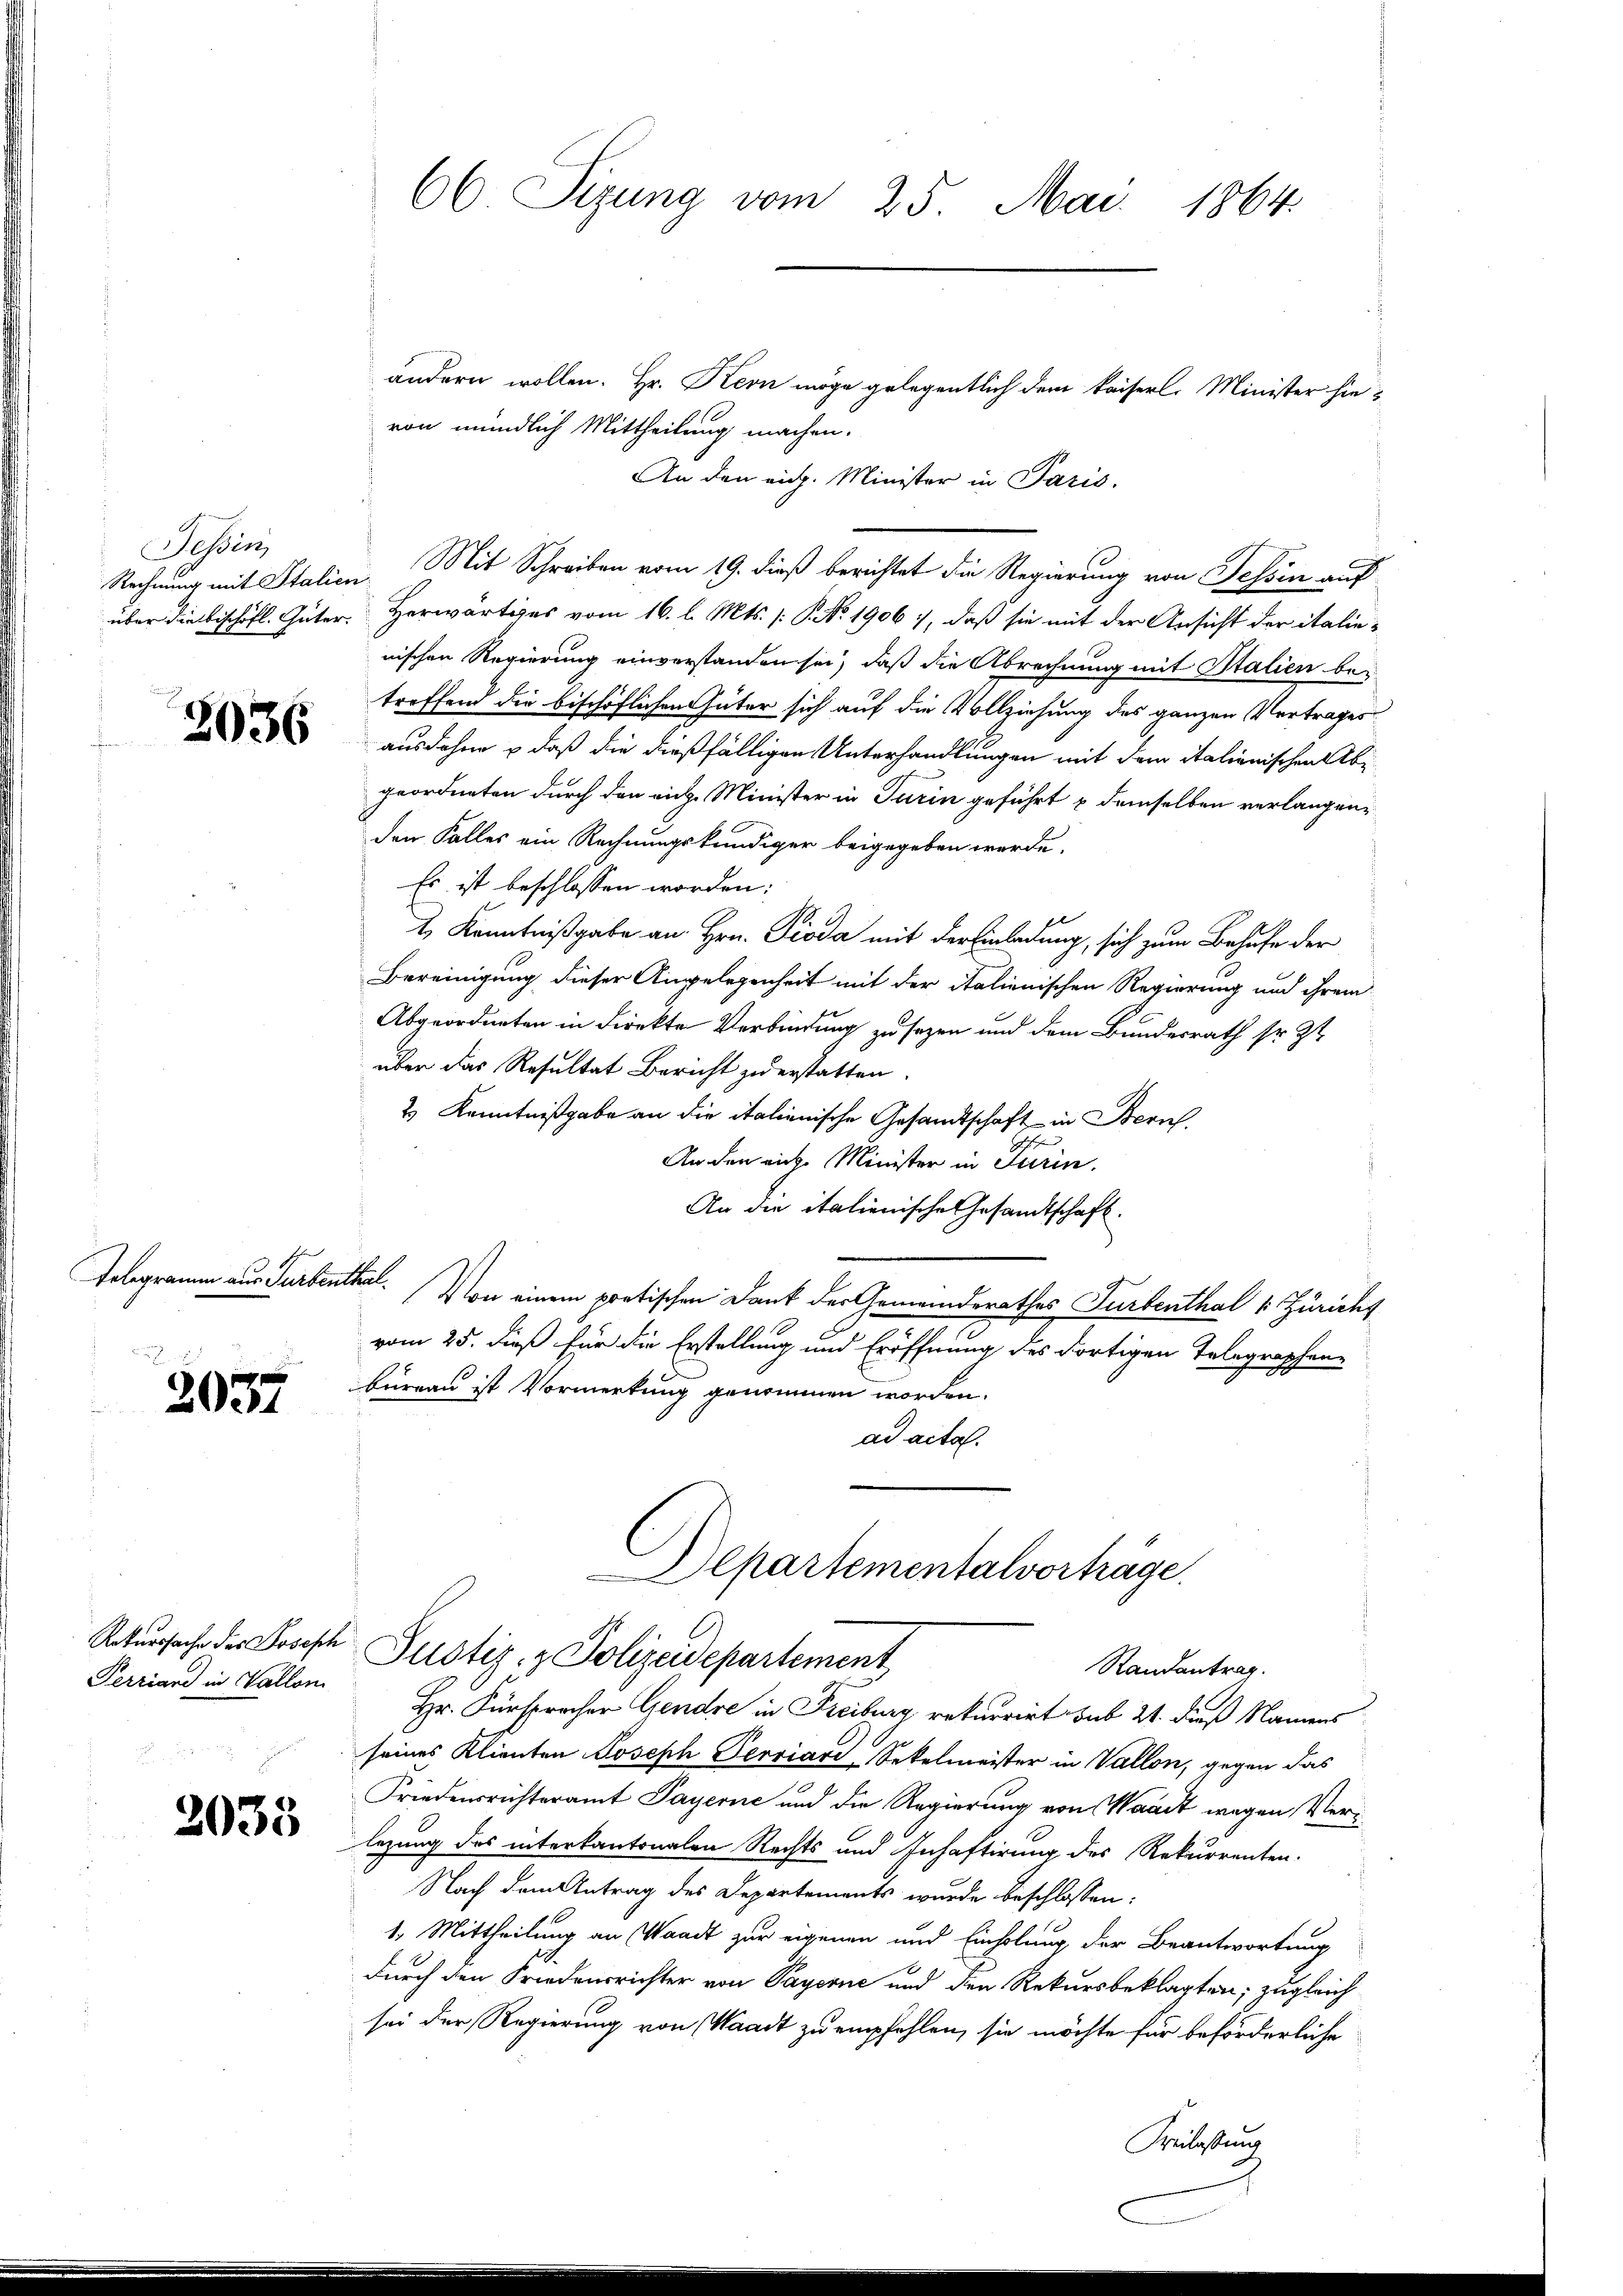
Tessin,

3037

Perriand in Vallon

2033

66 Sizung vom 25. Mai 1864.

ändern wollen. Hr. Kern möge gelegentlich dem kaiserl. Minister hievon mündlich Mittheilung machen.
An den eich. Minister in Paris.
Rechnung mit Italien. Mit Schreiben vom 19. dieß berichtet die Regierung von Tessin auf
über die bischöfl. Güter. Herwärtiges vom 16. l. Mts. [S. No 1906, daß sie mit der Ansicht der italienischen Regierung einverstanden sei, daß die Abrechnung mit Stalien bei
treffend die bischöflichen Güter sich auf die Vollziehung des ganzen Vortrages
 ausdehne & daß die dießfälligen Unterhandlungen mit dem italienischen Abgeordneten durch den rich Minister in Turin geführt u demselben verlangenden Falles ein Rechnungskundiger beigegeben werde.
Es ist beschlossen worden;
1 Kenntnißgabe an Hrn. Pioda mit der Einladung, sich zum Behufe der
Bereinigung dieser Angelegenheit mit der italienischen Regierung und ihrem
Abgeordneten in direkte Verbindung zu sezen und dem Bundesrath sr. Zt
über das Resultat Bericht zu erstatten.
2 Kenntnißgabe an die italienische Gesandtschaft in Bern.
1
An den mich Minister in Turin.
An die italienische Gesandtschaft.
Telegramm aus Turbenthal. Von einem pratischen Dank der Gemeinderathes Turbenthal v. Züricht
vom 25. dieß für die Erstellung und Eröffnung des dortigen Telegraphen-
büreau ist Vormerkung genommen worden.
ad acta.
Departementalverträge.
Raturssache der Joseph Justiz- & Polizeidepartement
Randantrag.
Hr. Fürsprocher Gendre in Freiburg rekurrirt sub 21. dieß Namens
seines Klienten Joseph Perriard-Sekelmeister in Vallon, gegen das
Friedensrichteramt Payerne und die Regierung von Waadt wegen Verlegung des interkantonalen Rechts und Inhaftirung des Rekurrenten.
Nach dem Antrag des Departements wurde beschlossen:
1. Mittheilung an Waadt zur eigenen und Einholung der Beantwortung
durch den Friedensrichter von Payerne und den Rekursbeklagten; zugleich
sei der Regierung von Waadt zu empfehlen, sie möchte für beförderliche
Beilassung